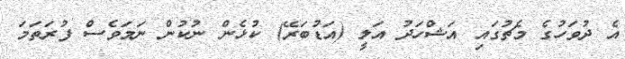
އެ ދުވަހުގެ މެޗުގައި އަޝްހަދު އަލީ (އަޑުބަރޭ) ކުޅެން ނުކުން ނަމަވެސް ފުރަތަމަ